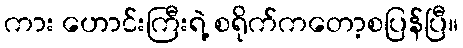
ကား ဟောင်းကြီးရဲ့ စရိုက်ကတော့စပြန်ပြီ။